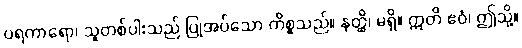
ပရကာရော၊ သူတစ်ပါးသည် ပြုအပ်သော ကိစ္စသည်။ နတ္ထိ၊ မရှိ။ ဣတိ ဧဝံ၊ ဤသို့။